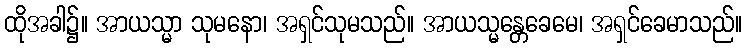
ထိုအခါ၌။ အာယသ္မာ သုမနော၊ အရှင်သုမသည်။ အာယသ္မန္တေခေမေ၊ အရှင်ခေမာသည်။